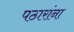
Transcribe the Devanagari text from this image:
पठारांना